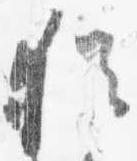
猶